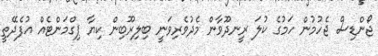
ޖޯންޑިސް ޖެހުމުން ހަމުގެ ކުލަ ރީނދޫވާން މެދުވެރިވަނީ ބިލިރޫބިން ކިޔާ ޕިގްމަންޓެއް އުފެދޭތީ